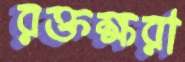
রক্তক্ষরা